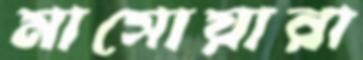
মাসোয়ারা